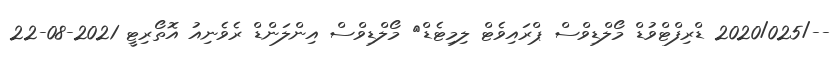
--/2020/025 ޑްރިފްޓްވުޑް މޯލްޑިވްސް ޕްރައިވެޓް ލިމިޓެޑް	 މޯލްޑިވްސް އިންލަންޑް ރެވެނިއު އޮތޯރިޓީ 2021-08-22